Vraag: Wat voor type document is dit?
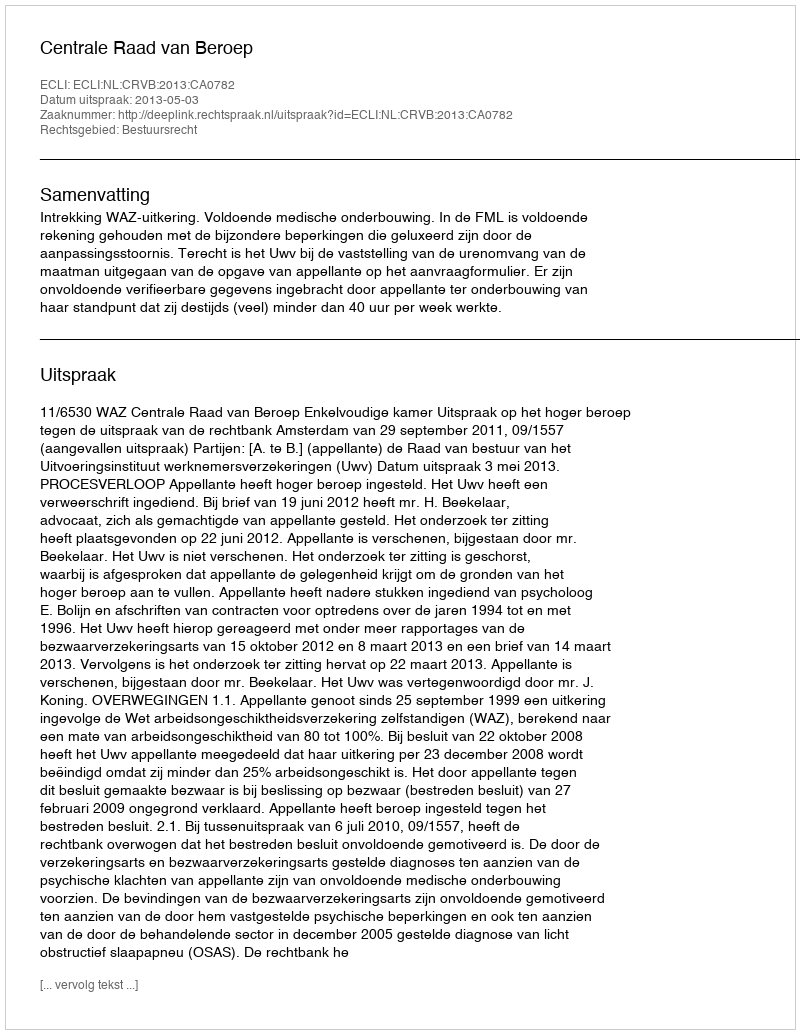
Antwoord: Uitspraak